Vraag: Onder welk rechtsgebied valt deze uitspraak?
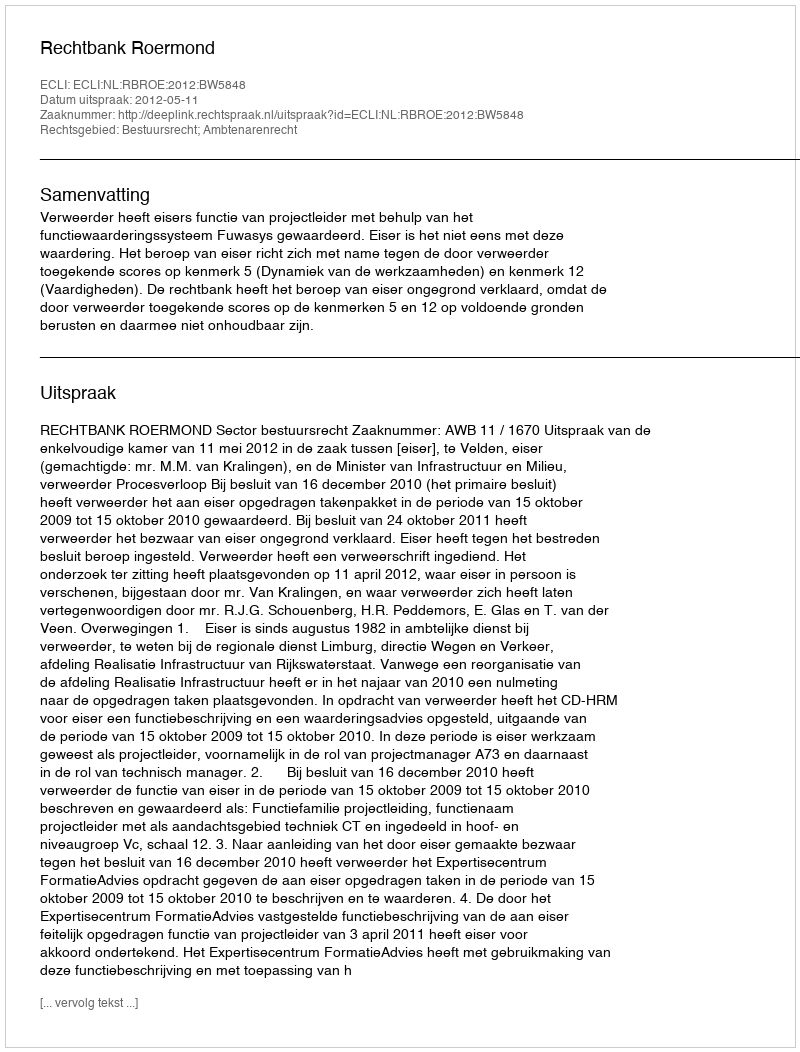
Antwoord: Bestuursrecht; Ambtenarenrecht